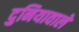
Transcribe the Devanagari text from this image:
दुनियावाले